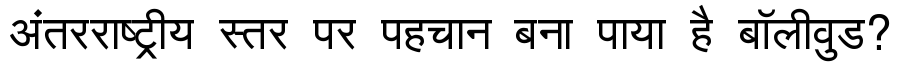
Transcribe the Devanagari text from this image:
अंतरराष्ट्रीय स्तर पर पहचान बना पाया है बॉलीवुड?